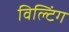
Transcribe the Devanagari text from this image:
विल्टिंग